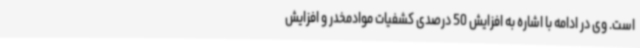
است. وی در ادامه با اشاره به افزایش 50 درصدی کشفیات موادمخدر و افزایش